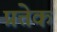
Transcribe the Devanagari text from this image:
प्रत्तेक